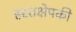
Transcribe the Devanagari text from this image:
हस्तक्षेपकी